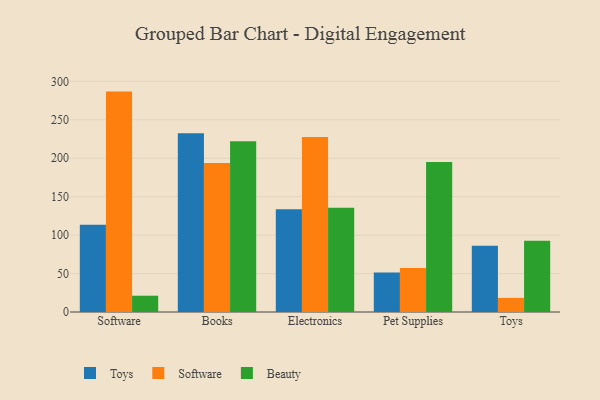
{"axis": {"x": "Category", "y": "Waste Production (Tons)"}, "legend": ["Beauty", "Software", "Toys"], "data": [{"x": "Software", "y": 113.4, "type": "Toys"}, {"x": "Software", "y": 286.7, "type": "Software"}, {"x": "Software", "y": 21.2, "type": "Beauty"}, {"x": "Books", "y": 232.6, "type": "Toys"}, {"x": "Books", "y": 193.8, "type": "Software"}, {"x": "Books", "y": 222.0, "type": "Beauty"}, {"x": "Electronics", "y": 133.5, "type": "Toys"}, {"x": "Electronics", "y": 227.5, "type": "Software"}, {"x": "Electronics", "y": 135.7, "type": "Beauty"}, {"x": "Pet Supplies", "y": 51.5, "type": "Toys"}, {"x": "Pet Supplies", "y": 57.3, "type": "Software"}, {"x": "Pet Supplies", "y": 195.2, "type": "Beauty"}, {"x": "Toys", "y": 86.1, "type": "Toys"}, {"x": "Toys", "y": 18.4, "type": "Software"}, {"x": "Toys", "y": 92.6, "type": "Beauty"}]}